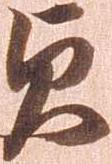
貞